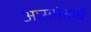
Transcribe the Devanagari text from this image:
आसमंताचे